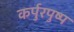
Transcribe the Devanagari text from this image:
कर्पुरपुष्प